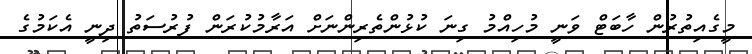
މީގެއިތުރުން ހާބަޓް ވަނީ މުހިއްމު ގިނަ ކުޅުންތެރިންނަށް އަރާމުކުރަން ފުރުސަތު ދިނީ އެކަމުގެ